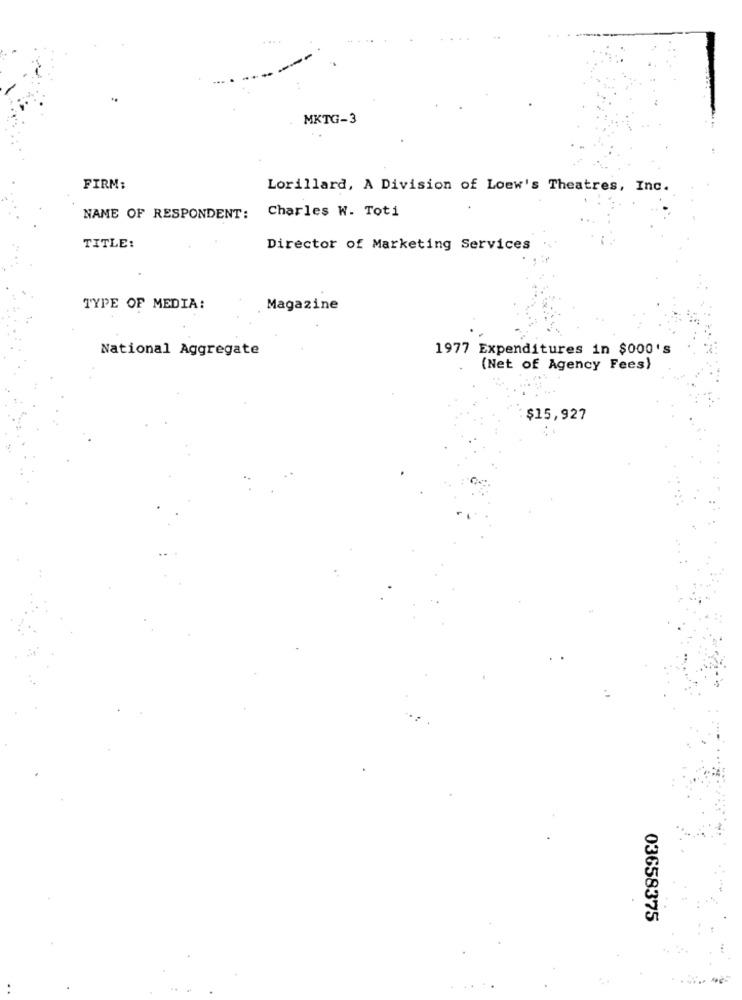
MKTG-3
FIRM:
Lorillard, A Division of Loew's Theatres, Inc.
NAME OF RESPONDENT: Charles W. Toti
TITLE:
Director of Marketing Services
TYPE OF MEDIA:
Magazine
National Aggregate
1977 Expenditures in $000's
(Net of Agency Fees)
$15,927
03658375